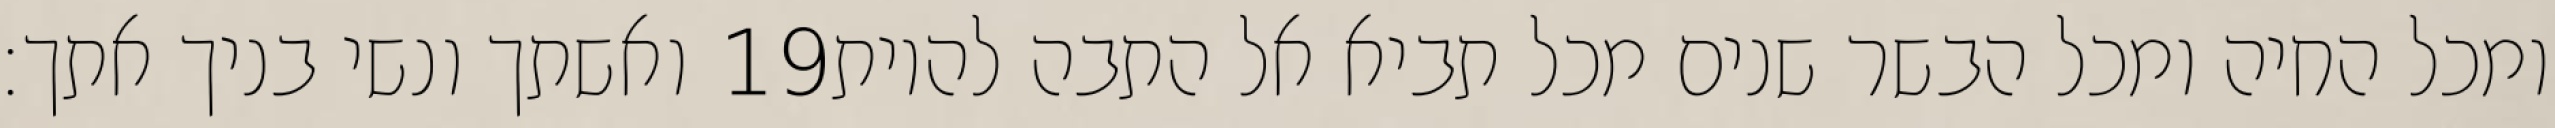
ואשתך ונשי בניך אתך׃ ‎19‏ ומכל החיה ומכל הבשר שנים מכל תביא אל התבה להיות